Veski_algkool, lk 13
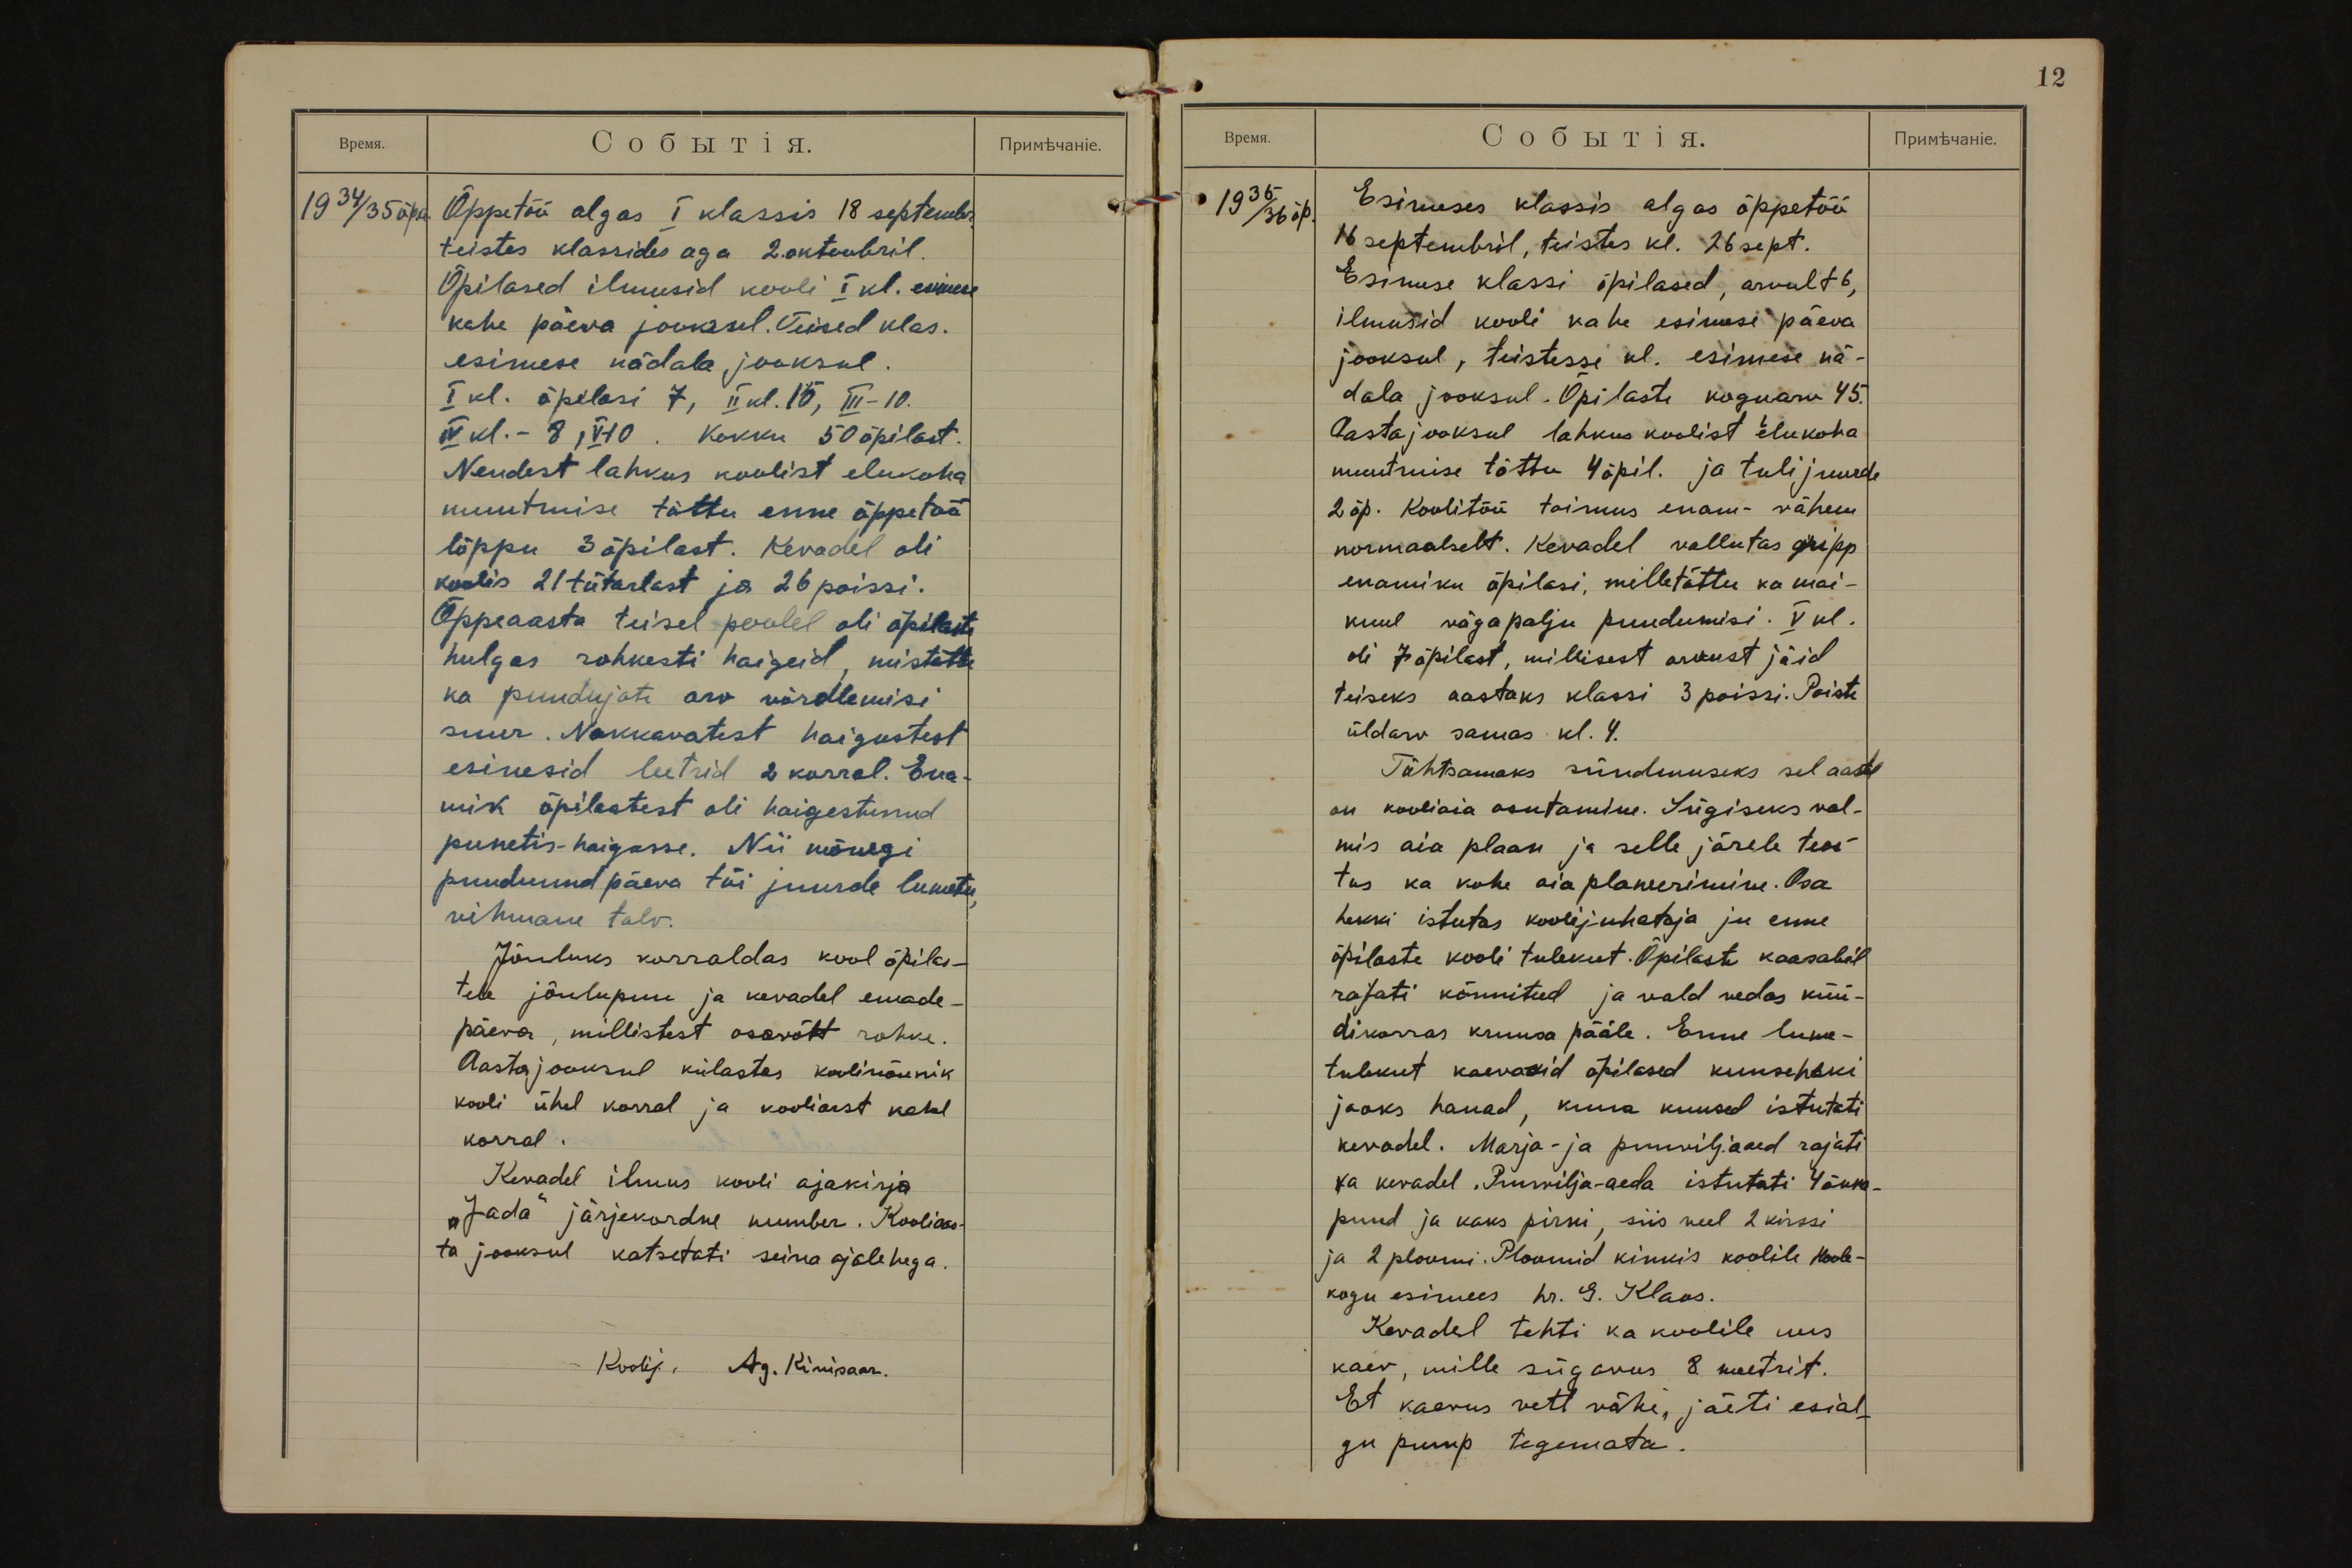
12

1934/35 õp.a.
Õppetöö algas I klassis 18 septembr.
teistes klassides aga 2. oktoobril.
Õpilased ilmusid kooli I kl. esimese
kahe päeva jooksul. Teised klas.
esimese nädala jooksul.
I kl. õpilasi 7, II kl. 15, III - 10.
IV kl. - 8, V - 10. Kokku 50 õpilast.
Nendest lahkus koolist elukoha
muutmise tõttu enne õppetöö
lõppu 3 õpilast. Kevadel oli
koolis 21 tütarlast ja 26 poissi.
Õppeaasta teisel poolel oli õpilaste
hulgas rohkesti haigeid, mistõttu
ka puudujate arv võrdlemisi
suur. Nakkavatest haigustest
esinesid leetrid 2 korral. Ena-
mik õpilastest oli haigestunud
punetis-haigusse. Nii mõnegi
puudunud päeva tõi juurde lumetu
vihmane talv.
Jõuluks korraldas kool õpilas-
tele jõulupuu ja kevadel emade-
päeva, millistest osavõtt rohke.
Aasta jooksul külastas koolinõunik
kooli ühel korral ja kooliarst kahel
korral.
Kevadel ilmus kooli ajakirja
"Jada" järjekordne number. Kooliaas-
ta jooksul katsetati seina ajalehega.
Koolij., Ag. Kivisaar.

1935/36 õp.
Esimeses klassis algas õppetöö
16 septembril, teistes kl. 26 sept.
Esimese klassi õpilased, arvult 6,
ilmusid kooli kahe esimese päeva
jooksul, teistesse kl. esimese nä-
dala jooksul. Õpilaste koguarv 45.
Aasta jooksul lahkus koolist elukoha
muutmise tõttu 4 õpil. ja tuli juurde
2 õp. Koolitöö toimus enam-vähem
normaalselt. Kevadel vallutas gripp
enamiku õpilasi, mille tõttu ka mai-
kuul väga palju puudumisi. V kl.
oli 7 õpilast, millisest arvust jäid
teiseks aastaks klassi 3 poissi. Poiste
üldarv samas kl. 4.
Tähtsamaks sündmuseks sel aastal
on kooliaia asutamine. Sügiseks val-
mis aia plaan ja selle järele teos-
tus ka kohe aia planeerimine. Osa
hekki istutas koolijuhataja ju enne
õpilaste kooli tulekut. Õpilaste kaasabil
rajati kõnniteed ja vald vedas küü-
dikorras kruusa pääle. Enne lume-
tulekut kaevasid õpilased kuuseheki
jaoks hauad, kuna kuused istutati
kevadel. Marja- ja puuviljaaed rajati
ka kevadel. Puuvilja-aeda istutati 4 õuna-
puud ja kaks pirni, siis veel 2 kirssi
ja 2 ploomi. Ploomid kinkis koolile Hoole-
kogu esimees hr. G. Klaos.
Kevadel tehti ka koolile uus
kaev, mille sügavus 8 meetrit.
Et kaevus vett vähe, jäeti esial-
gu pump tegemata.